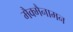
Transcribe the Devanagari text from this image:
मैक्मैनामन